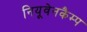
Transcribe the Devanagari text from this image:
नियूवेनकैम्प